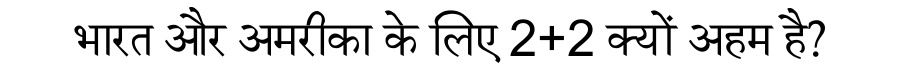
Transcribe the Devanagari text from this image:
भारत और अमरीका के लिए 2+2 क्यों अहम है?